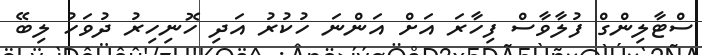
ސްޓާލިންގް ފުލާވާސް ފިހާރަ އަށް އަންނަ ހުކުރު އަދި ހޮނިހިރު ދުވަހު ލިބޭ